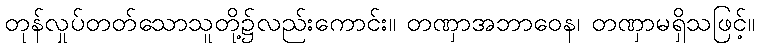
တုန်လှုပ်တတ်သောသူတို့၌လည်းကောင်း။ တဏှာအဘာဝေန၊ တဏှာမရှိသဖြင့်။